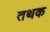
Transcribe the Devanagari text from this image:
तथक